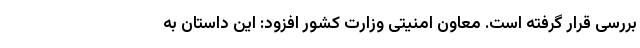
بررسی قرار گرفته است. معاون امنیتی وزارت کشور افزود: این داستان به